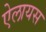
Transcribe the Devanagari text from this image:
ऐलायस